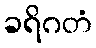
ခရိဂတံ